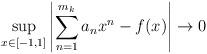
LaTeX: \begin{gather*}\sup_{x \in [-1,1]} \left|\sum_{n=1}^{m_k} a_n x^n - f(x)\right|\to 0\end{gather*}